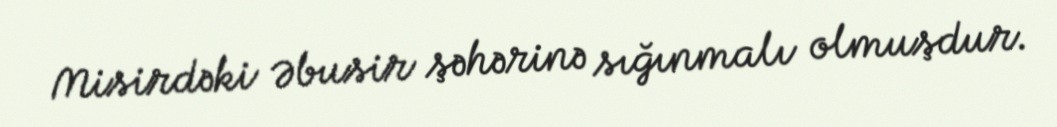
Misirdəki Əbusir şəhərinə sığınmalı olmuşdur.